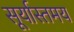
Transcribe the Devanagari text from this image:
सूर्यास्तमय